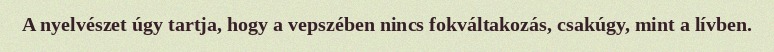
A nyelvészet úgy tartja, hogy a vepszében nincs fokváltakozás, csakúgy, mint a lívben.